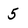
Character: 5